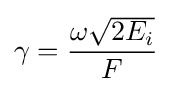
\gamma ={\frac {\omega {\sqrt {2E_{i}}}}{F}}